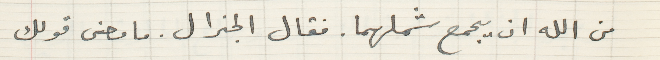
من الله ان يجمع شملهما. فقال الجنرال. ما معنى قولك